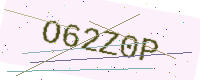
Text: O62Z0P